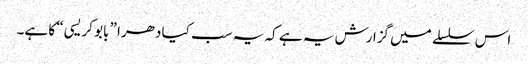
اس سلسلے میں گزارش یہ ہے کہ یہ سب کیا دھرا ”بابو کریسی“ کا ہے۔